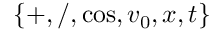
\{ + , / , \cos , v _ { 0 } , x , t \}